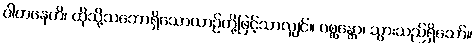
ဝါဟနေဟိ၊ ထိုသို့သဘောရှိသောယာဉ်တို့ဖြင့်သာလျှင်။ ဂစ္ဆန္တော၊ သွားသည်ရှိသော်။